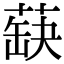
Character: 蒛